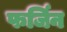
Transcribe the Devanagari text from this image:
फर्जिन